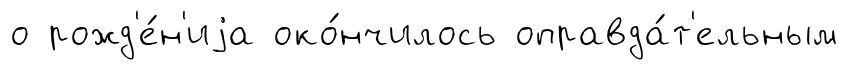
о рожд'е́н'иjа око́нчилось оправда́т'ельным